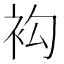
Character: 𧘤